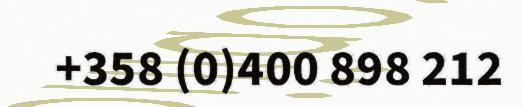
+358 (0)400 898 212